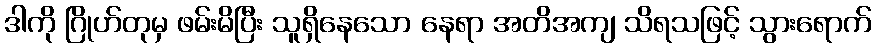
ဒါကို ဂြိုဟ်တုမှ ဖမ်းမိပြီး သူရှိနေသော နေရာ အတိအကျ သိရသဖြင့် သွားရောက်